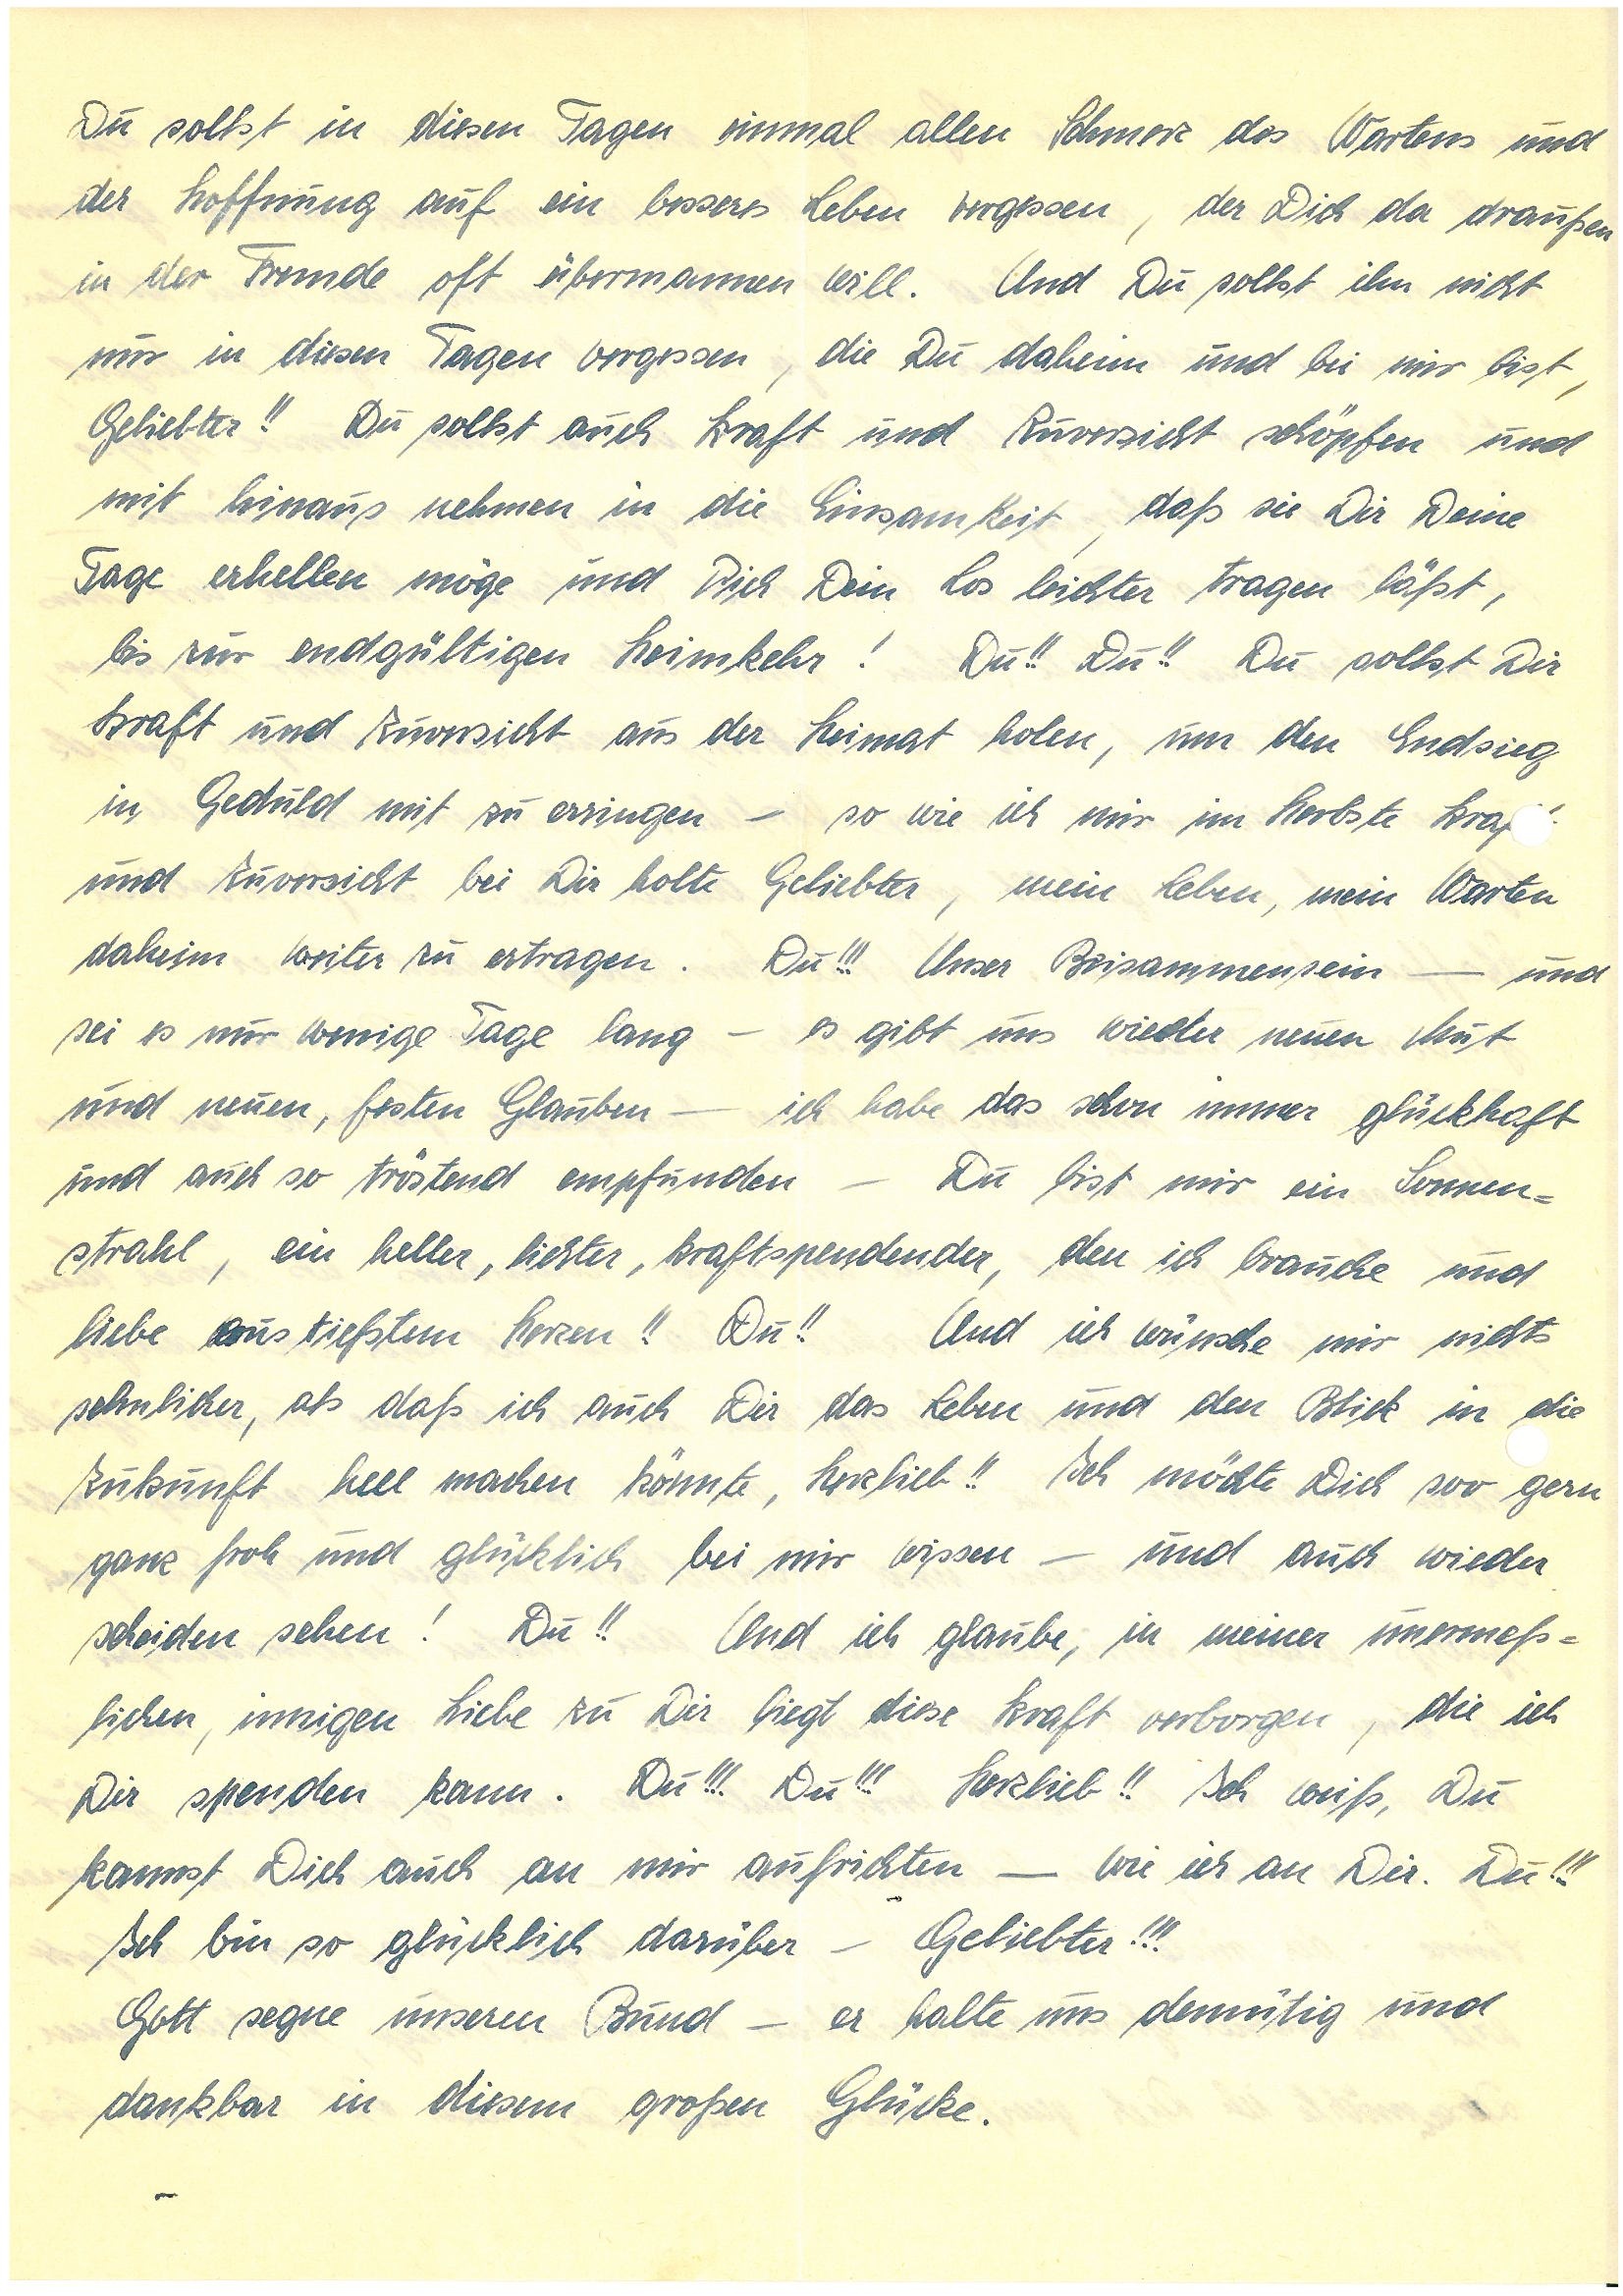
Du sollst in diesen Tagen einmal allen Schmerz des Wartens und
der Hoffnung auf ein besseres Leben vergessen, der Dich da draußen
in der Fremde oft übermannen will. Und Du sollst ihn nicht
nur in diesen Tagen vergessen, die Du daheim bei mir bist,
Geliebter!! Du sollst auch Kraft und Zuversicht schöpfen und
mit hinaus nehmen in die Einsamkeit, daß sie Dir Deine
Tage erhellen möge und Dich Dein Los leichter tragen läßt,
bis zur endgültigen Heimkehr! Du!! Du!! Du sollst Dir
Kraft und Zuversicht aus der Heimat holen, um den Endsieg
in Geduld mit zu erringen – so wie ich mir im Herbste Kra
und Zuversicht bei Dir holte Geliebter, mein Leben, mein Warten
daheim weiter zu ertragen. Du!!! Unser Beisammensein – und
sei es nur wenige Tage lang – es gibt uns wieder neuen Mut
und neuen, festen Glauben – ich habe das schon immer glückhaft
und auch so tröstend empfunden – Du bist mir ein Sonnen¬
strahl, ein heller, lichter, kraftspendender, den ich brauche und
liebe aus tiefstem Herzen!! Du!! Und ich wünsche mir nichts
sehnlicher, als daß ich auch Dir das Leben und den Blick in die
Zukunft hell machen könnte, Herzlieb!! Ich möchte Dich soo gern
ganz froh und glücklich bei mir wissen – und auch wieder
scheiden sehen! Du!! Und ich glaube, in meiner unermeß¬
lichen, innigen Liebe zu Dir liegt diese Kraft verborgen, die ich
Dir spenden kann. Du!!! Du!!! Herzlieb!! Ich weiß, Du
kannst Dich auch an mir aufrichten – wie ich an Dir. Du!!!
Ich bin so glücklich darüber – Geliebter!!!
Gott segne unseren Bund – er halte uns demütig und
dankbar in diesem großen Glücke.